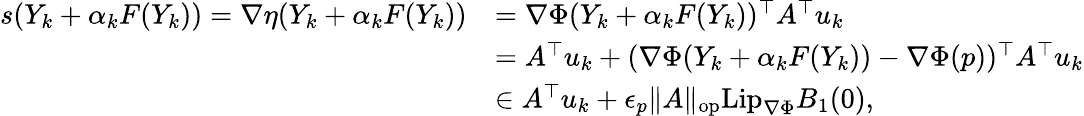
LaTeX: \begin{array}{rl}{s(Y_{k}+\alpha_{k}F(Y_{k}))=\nabla\eta(Y_{k}+\alpha_{k}F(Y_{k}))}&{=\nabla\Phi(Y_{k}+\alpha_{k}F(Y_{k}))^{\top}A^{\top}u_{k}}\\ &{=A^{\top}u_{k}+(\nabla\Phi(Y_{k}+\alpha_{k}F(Y_{k}))-\nabla\Phi(p))^{\top}A^{\top}u_{k}}\\ &{\in A^{\top}u_{k}+\epsilon_{p}\| A\| _{\mathrm{op}}\mathrm{Lip}_{\nabla\Phi}B_{1}(0),}\end{array}